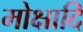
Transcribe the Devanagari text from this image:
मोक्षादि